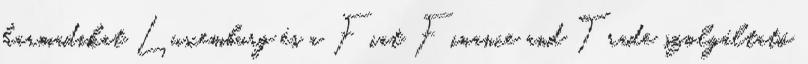
harmadikat Luxemburg és a Fiat Finance and Trade szolgáltató